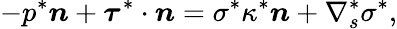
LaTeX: -p^{*}\boldsymbol{n}+\boldsymbol{\tau}^{*}\cdot\boldsymbol{n}=\sigma^{*}\kappa^{*}\boldsymbol{n}+\nabla_{s}^{*}\sigma^{*},